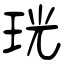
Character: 珖